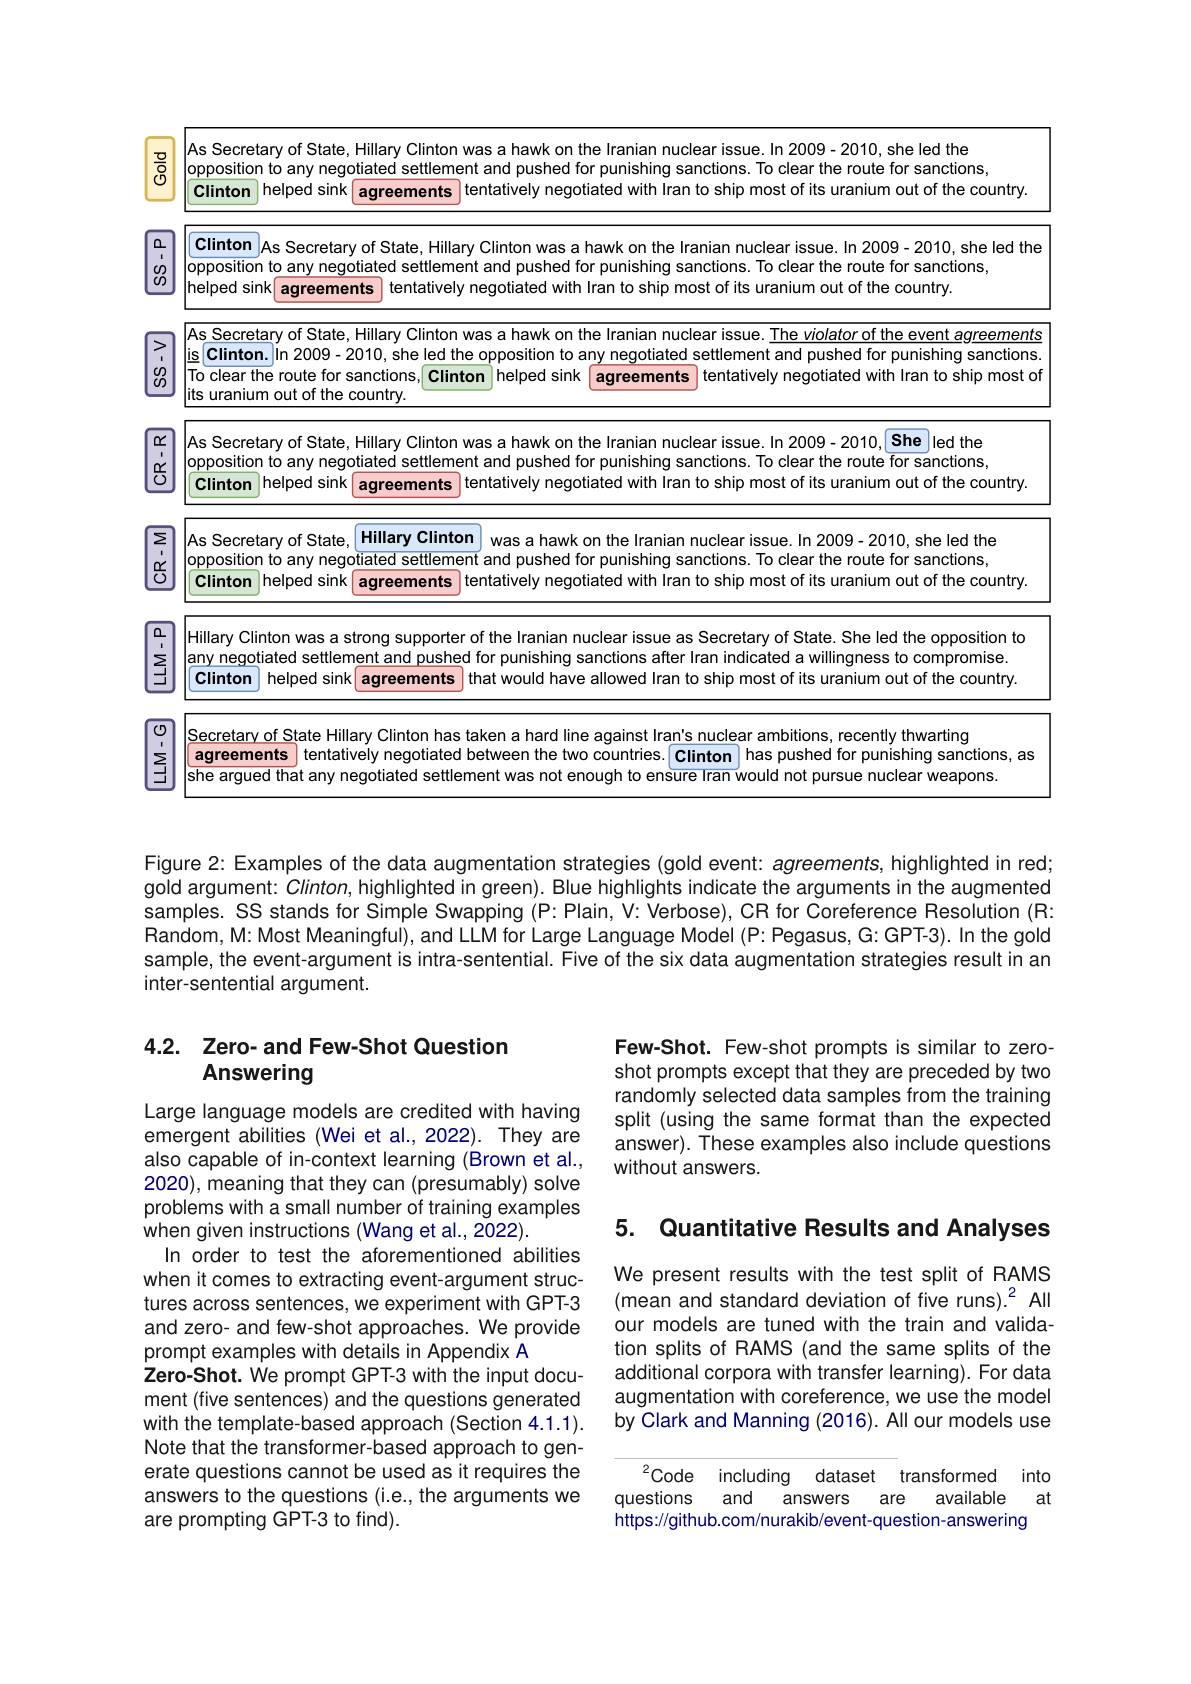
<table>
	<tbody>
		<tr>
			<th>$\frac{\textcircled{7}}{\textcircled{5}}$</th>
			<th>As Secretary of State, Hillary Clinton was a hawk on the Iranian nuclear issue. In 2009-2010, she led the opposition to any negotiated settlement and pushed for punishing sanctions. To clear the route for sanctions, Clinton helped sink agreements s tentatively negotiated with Iran to ship most of its uranium out of the country</th>
		</tr>
		<tr>
			<td>0 $\begin{matrix}0\\0\end{matrix}$</td>
			<td>Clinton As Secretary of State, Hillary Clinton was a hawk on the Iranian nuclear issue. In 2009- 2010, she led the opposition to any negotiated settlement and pushed for punishing sanctions. To clear the route for sanctions, $\left|\text{helped sink}\right|$agreements tentatively negotiated with Iran to ship most of its uranium out of the country.</td>
		</tr>
		<tr>
			<td>> 1 $\begin{matrix}0\\0\end{matrix}$</td>
			<td>As Secretary of State, Hillary Clinton was a hawk on the Iranian nuclear issue. The violator of the event agreements $\underline{\mathrm{ls~Clinton.}}\vert$in 2009-2010, she led the opposition to any negotiated settlement and pushed for punishing sanctions. To clear the route for sanctions, Clinton helped sink its uranium out of the country agreements tentatively negotiated with Iran to ship most of</td>
		</tr>
		<tr>
			<td>$\underline{\alpha}$ $\frac{\alpha}{0}$</td>
			<td>As Secretary of State, Hillary Clinton was a hawk on the Iranian nuclear issue. In 2009- 2010, She led the opposition to any negotiated settlement and pushed for punishing sanctions. To clear the route for sanctions, tentatively negotiated with Iran to ship most of its uranium out of the country. Clinton helped sink agreements</td>
		</tr>
		<tr>
			<td>$\begin{array}{c}{\Sigma}\\{\vdots}\\{\frac{\alpha}{0}}\\\end{array}$</td>
			<td>Hillary Clinton lopposition to any negotiated settlement and pushed for punishing sanctions. To clear the route for sanctions, As Secretary of State, 1 was a hawk on the Iranian nuclear issue. In 2009- 2010, she led the Clinton helped sink agreements |tentatively negotiated with Iran to ship most of its uranium out of the country.</td>
		</tr>
		<tr>
			<td>$\begin{array}{c}{\Omega}\\{\Sigma}\\{\Xi}\end{array}$</td>
			<td>Hillary Clinton was a strong supporter of the Iranian nuclear issue as Secretary of State. She led the opposition to lany negotiated settlement and pushed for punishing sanctions after Iran indicated a willingness to compromise. Clinton I helped sink agreements s that would have allowed Iran to ship most of its uranium out of the country.</td>
		</tr>
		<tr>
			<td>$\textcircled{1}$ 1 $\sum_{i=1}^{\sum_{i=1}^{n}\frac{1}{2}\sum_{i=1}^{n}\frac{1}{2}\sum_{i=1}^{n}\frac{1}{2}\sum_{i=1}^{n}\frac{1}{2}\sum_{i=1}^{n}\frac{1}{2}\sum_{i=1}^{n}\frac{1}{2}\sum_{i=2}^{n}\frac{1}{2}\sum_{i=1}^{n}\frac{1}{2}\sum_{i=1}^{n}\frac{1}{2}\sum_{i=1}^{n}\frac{1}{2}\sum_{i=1}^{n}\frac{1}{2}\sum_{i=1}^{n}a_{i=1}^{n}\frac{1}{2}\sum_{i=1}^{n}\frac{1}{2}}$</td>
			<td>Secretary of State Hillary Clinton has taken a hard line against Iran's nuclear ambitions, recently thwarting agreements | tentatively negotiated between the two countries. Clinton has pushed for punishing sanctions, as |she argued that any negotiated settlement was not enough to ensure Iran would not pursue nuclear weapons.</td>
		</tr>
	</tbody>
</table>

Figure 2: Examples of the data augmentation strategies (gold event: agreements, highlighted in red; gold argument: $Clinton$, highlighted in green). Blue highlights ind samples. SS stands for Simple Swapping (P: Plain, V: Verbose), CR for Coreference Resolution (R: Random, M: Most Meaningful), and LLM for Large Language Model (P: Pegasus, G: GPT-3). In the gold sample, the event-argument is intra-sentential. Five of the six data augmentation strategies result in an inter-sentential argument.

### 4.2. Zero- and Few- Shot Question Answering

Few-Shot. Few-shot prompts is similar to zeroshot prompts except that they are preceded by two randomly selected data samples from the training split (using the same format than the expected answer). These examples also include questions without answers.

5. Quantitative Results and Analyses

Large language models are credited with having emergent abilities (Wei et al., 2022). They are also capable of in-context learning (Brown et al., 2020), meaning that they can (presumably) solve problems with a small number of training examples when given instructions (Wang et al., 2022).
In order to test the aforementioned abilities when it comes to extracting event-argument structures across sentences, we experiment with GPT-3 and zero- and few-shot approaches. We provide prompt examples with details in Appendix A
Zero-Shot. We prompt GPT-3 with the input document (five sentences) and the questions generated with the template-based approach (Section 4.1.1). Note that the transformer-based approach to generate questions cannot be used as it requires the answers to the questions (i.e., the arguments we are prompting GPT-3 to find).

We present results with the test split of RAMS (mean and standard deviation of five runs).$^2$ All our models are tuned with the train and validation splits of RAMS (and the same splits of the additional corpora with transfer learning). For data augmentation with coreference, we use the model by Clark and Manning (2016). All our models use

Code including dataset transformed into
and
at
questions
available
answers are
https://github.com/nurakib/event-question-answering